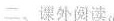
一、课外阅读